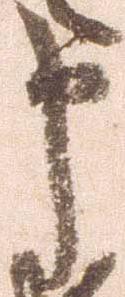
申